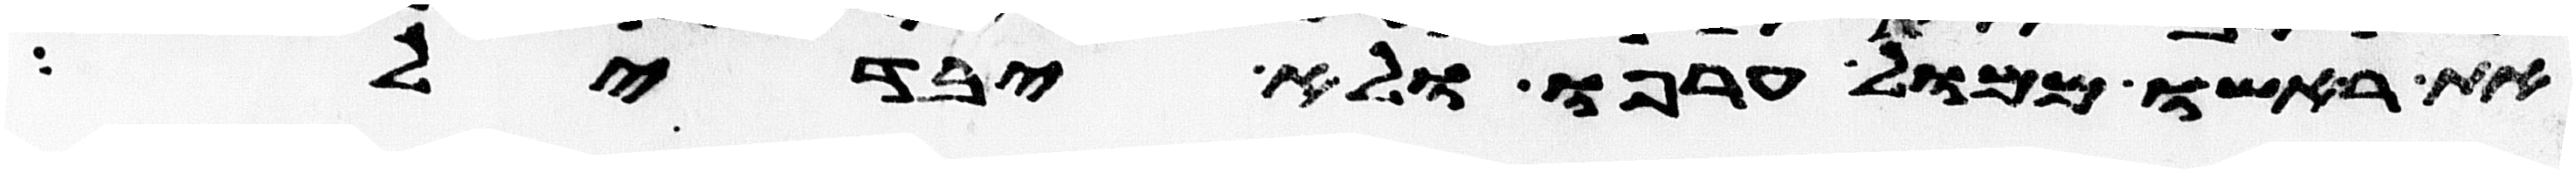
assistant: את ראשו ממול ערפו ולא יבדל